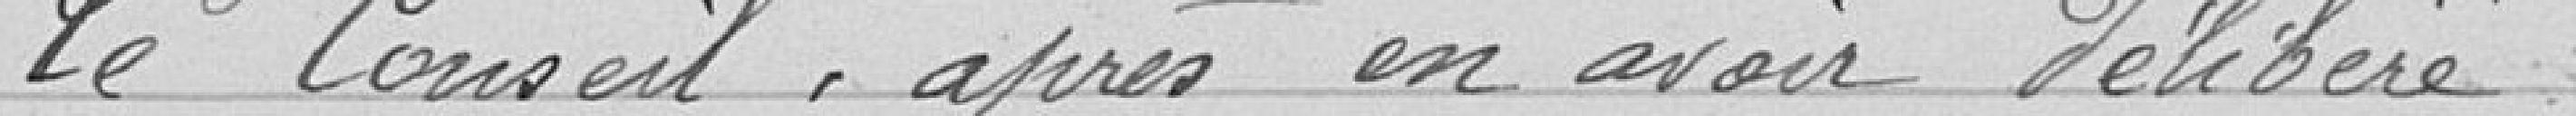
Le Conseil après avoir délibéré,